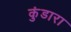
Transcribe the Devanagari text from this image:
कुंडारा